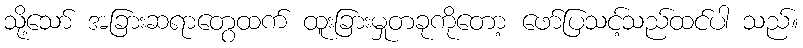
သို့သော် အခြားဆရာတွေထက် ထူးခြားမှုတခုကိုတော့ ဖော်ပြသင့်သည်ထင်ပါ သည်။